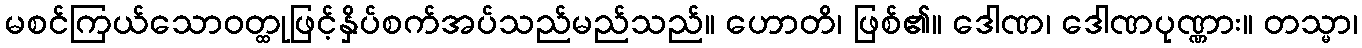
မစင်ကြယ်သောဝတ္ထုဖြင့်နှိပ်စက်အပ်သည်မည်သည်။ ဟောတိ၊ ဖြစ်၏။ ဒေါဏ၊ ဒေါဏပုဏ္ဏား။ တသ္မာ၊